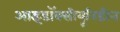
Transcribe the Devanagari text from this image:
आइडॉक्सीयूरिडीन